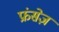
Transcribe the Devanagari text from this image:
फ्रंसेज़